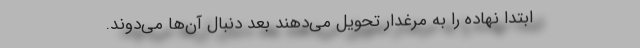
ابتدا‌ نهاده را به مرغدار تحویل می‌دهند بعد دنبال آن‌‌ها می‌دوند.